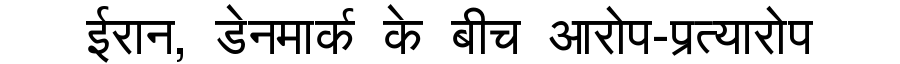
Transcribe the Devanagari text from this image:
ईरान, डेनमार्क के बीच आरोप-प्रत्यारोप